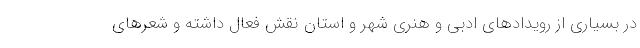
در بسیاری از رویدادهای ادبی و هنری شهر و استان نقش فعال داشته و شعرهای